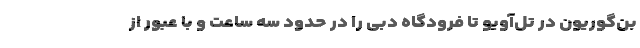
بن‌گوریون در تل‌آویو تا فرودگاه دبی را در حدود سه ساعت و با عبور از